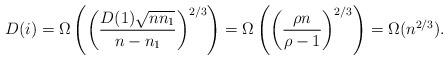
\begin{align*} D(i) = \Omega\left(\left(\frac{D(1)\sqrt{n n_1}}{n - n_1}\right)^{2/3}\right) = \Omega\left(\left(\frac{\rho n}{\rho - 1}\right)^{2/3}\right) = \Omega(n^{2/3}). \end{align*}